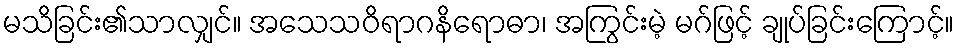
မသိခြင်း၏သာလျှင်။ အသေသဝိရာဂနိရောဓာ၊ အကြွင်းမဲ့ မဂ်ဖြင့် ချုပ်ခြင်းကြောင့်။